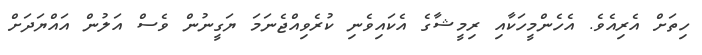
ހިތަށް އެރިއެވެ. އެހެންމީހަކާއި ރިމީޝާގެ އެކައިވެނި ކުރެވިއްޖެނަމަ ޔަގީނުން ވެސް އަލުން އައްޔަދަށް